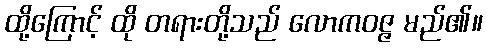
ထို့ကြောင့် ထို တရားတို့သည် လောကဝဇ္ဇ မည်၏။